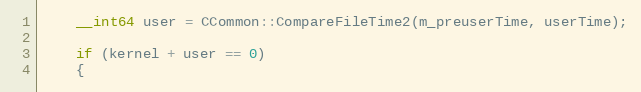
Language: C++
	__int64 user = CCommon::CompareFileTime2(m_preuserTime, userTime);

	if (kernel + user == 0)
	{